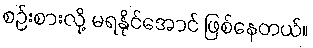
စဉ်းစားလို့ မရနိုင်အောင် ဖြစ်နေတယ်။